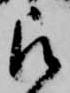
被